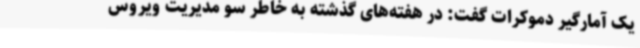
یک آمارگیر دموکرات گفت: در هفته‌های گذشته به خاطر سو مدیریت ویروس